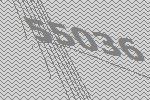
55036